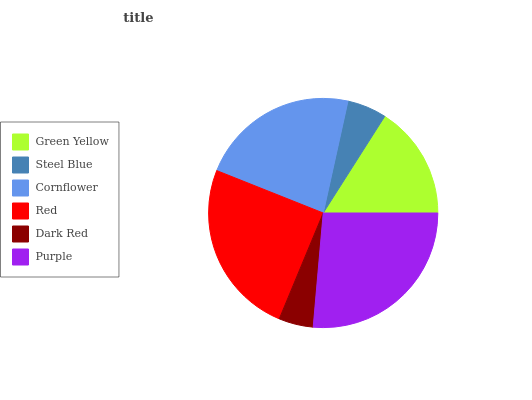
| Green Yellow | Steel Blue | Cornflower | Red | Dark Red | Purple |
 | --- | --- | --- | --- | --- | --- |
 | 15.9% | 5.57% | 22.4% | 24.8% | 4.87% | 26.4% |